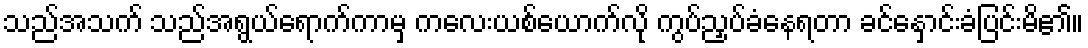
သည်အသက် သည်အရွယ်ရောက်ကာမှ ကလေးယစ်ယောက်လို ကွပ်ညှပ်ခံနေရတာ ခင်နှောင်းခံပြင်းမိ၏။